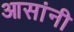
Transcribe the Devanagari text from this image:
आसांनी